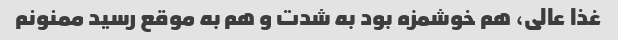
غذا عالی، هم خوشمزه بود به شدت و هم به موقع رسید ممنونم